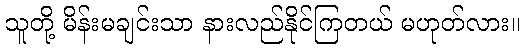
သူတို့ မိန်းမချင်းသာ နားလည်နိုင်ကြတယ် မဟုတ်လား။